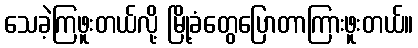
သေခဲ့ကြဖူးတယ်လို့ မြို့ခံတွေပြောတာကြားဖူးတယ်။